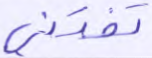
تفتني